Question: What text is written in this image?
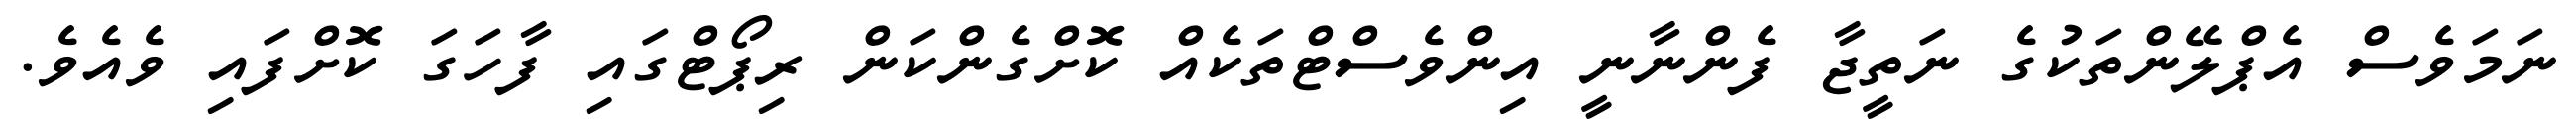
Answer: ނަމަވެސް އެޕްލޭންތަކުގެ ނަތީޖާ ފެންނާނީ އިންވެސްޓްތަކެއް ކޮށްގެންކަން ރިޕޯޓްގައި ފާހަގަ ކޮށްފައި ވެއެވެ.